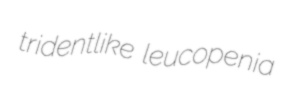
tridentlike leucopenia